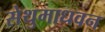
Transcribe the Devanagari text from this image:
सेथुमाधवन